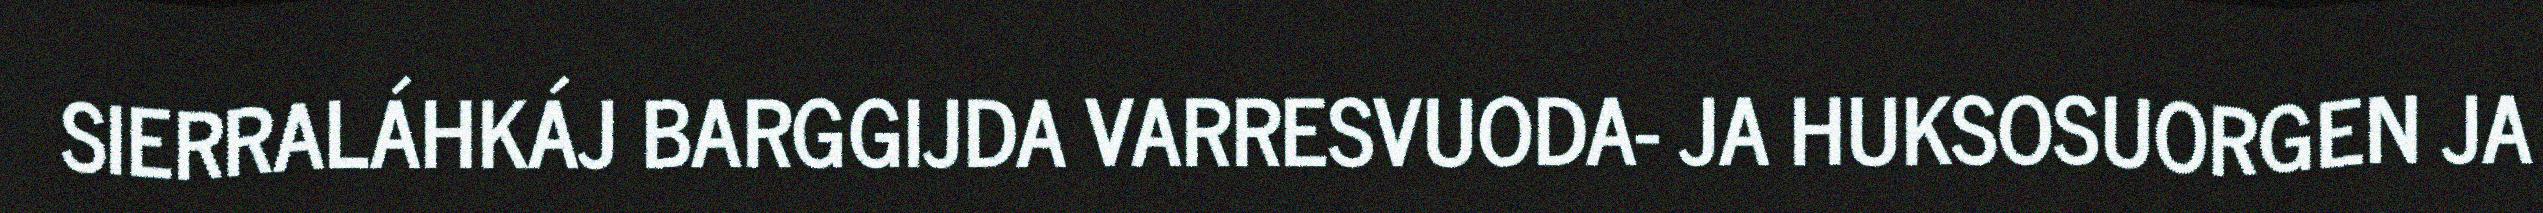
SIERRALÁHKÁJ BARGGIJDA VARRESVUODA- JA HUKSOSUORGEN JA